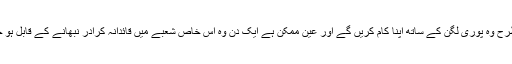
اس طرح وہ پوری لگن کے ساتھ اپنا کام کریں گے اور عین ممکن ہے ایک دن وہ اس خاص شعبے میں قائدانہ کرادر نبھانے کے قابل ہو جائیں۔